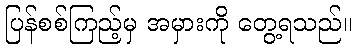
ပြန်စစ်ကြည့်မှ အမှားကို တွေ့ရသည်။